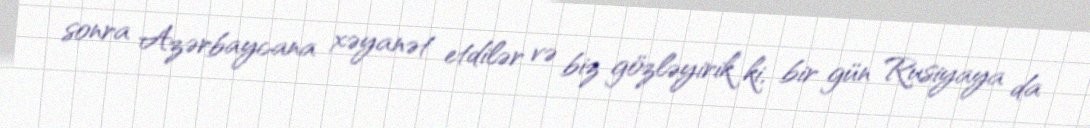
sonra Azərbaycana xəyanət etdilər və biz gözləyirik ki, bir gün Rusiyaya da